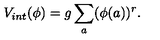
V _ { i n t } ( \phi ) = g \sum _ { a } ( \phi ( a ) ) ^ { r } .